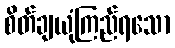
စိတ်ချယုံကြည်ရသော